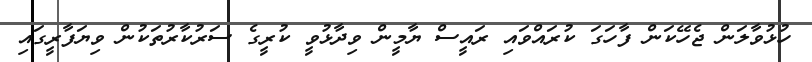
ހުޅުވާލަން ޖެހޭކަން ފާހަގަ ކުރައްވައި ރައީސް ޔާމީން ވިދާޅުވީ ކުރީގެ ސަރުކާރުތަކުން ވިޔަފާރީގައި